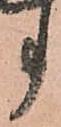
事